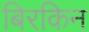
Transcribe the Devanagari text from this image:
बिरकिन